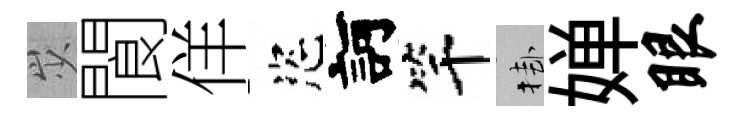
𡵯閬佯恣訶竿挂婵眼